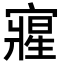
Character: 𭔘